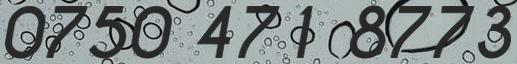
0750 471 8773